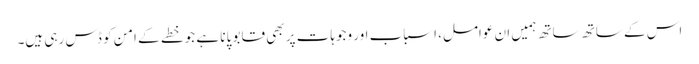
اس کے ساتھ ساتھ ہمیں ان عوامل، اسباب اور وجوہات پر بھی قابو پانا ہے جو خطے کے امن کو ڈس رہی ہیں۔